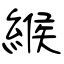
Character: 緱